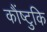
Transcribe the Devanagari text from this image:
कौंष्टुकि